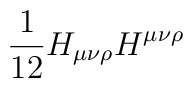
\frac{1}{12}H_{\mu \nu \rho }H^{\mu \nu \rho }